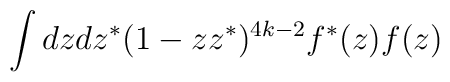
\int d z d z^* (1 - z z^*)^{4 k - 2} f^*(z) f(z)